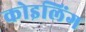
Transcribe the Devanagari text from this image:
कोइलिंग